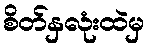
စိတ်နှလုံးထဲမှ